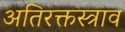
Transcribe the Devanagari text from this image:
अतिरक्तस्त्राव